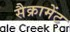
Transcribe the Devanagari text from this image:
सैक्रामेंट